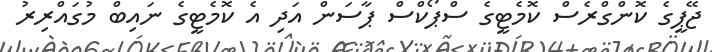
ޖޭޕީގެ ކޮންގްރެސް ކޮމެޓީގެ ސްޕޯކްސް ޕާސަން އަދި އެ ކޮމެޓީގެ ނައިބް މުގައްރިރު